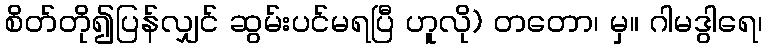
စိတ်တို၍ပြန်လျှင် ဆွမ်းပင်မရပြီ ဟူလို) တတော၊ မှ။ ဂါမဒွါရေ၊